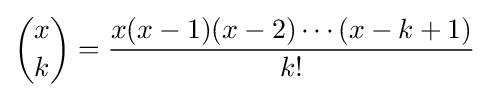
{x \choose k}={\frac {x(x-1)(x-2)\cdots (x-k+1)}{k!}}